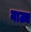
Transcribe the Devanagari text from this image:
नाट्य